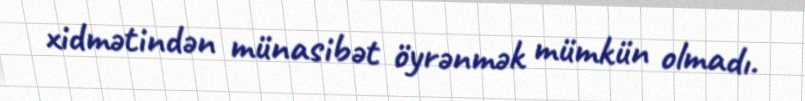
xidmətindən münasibət öyrənmək mümkün olmadı.